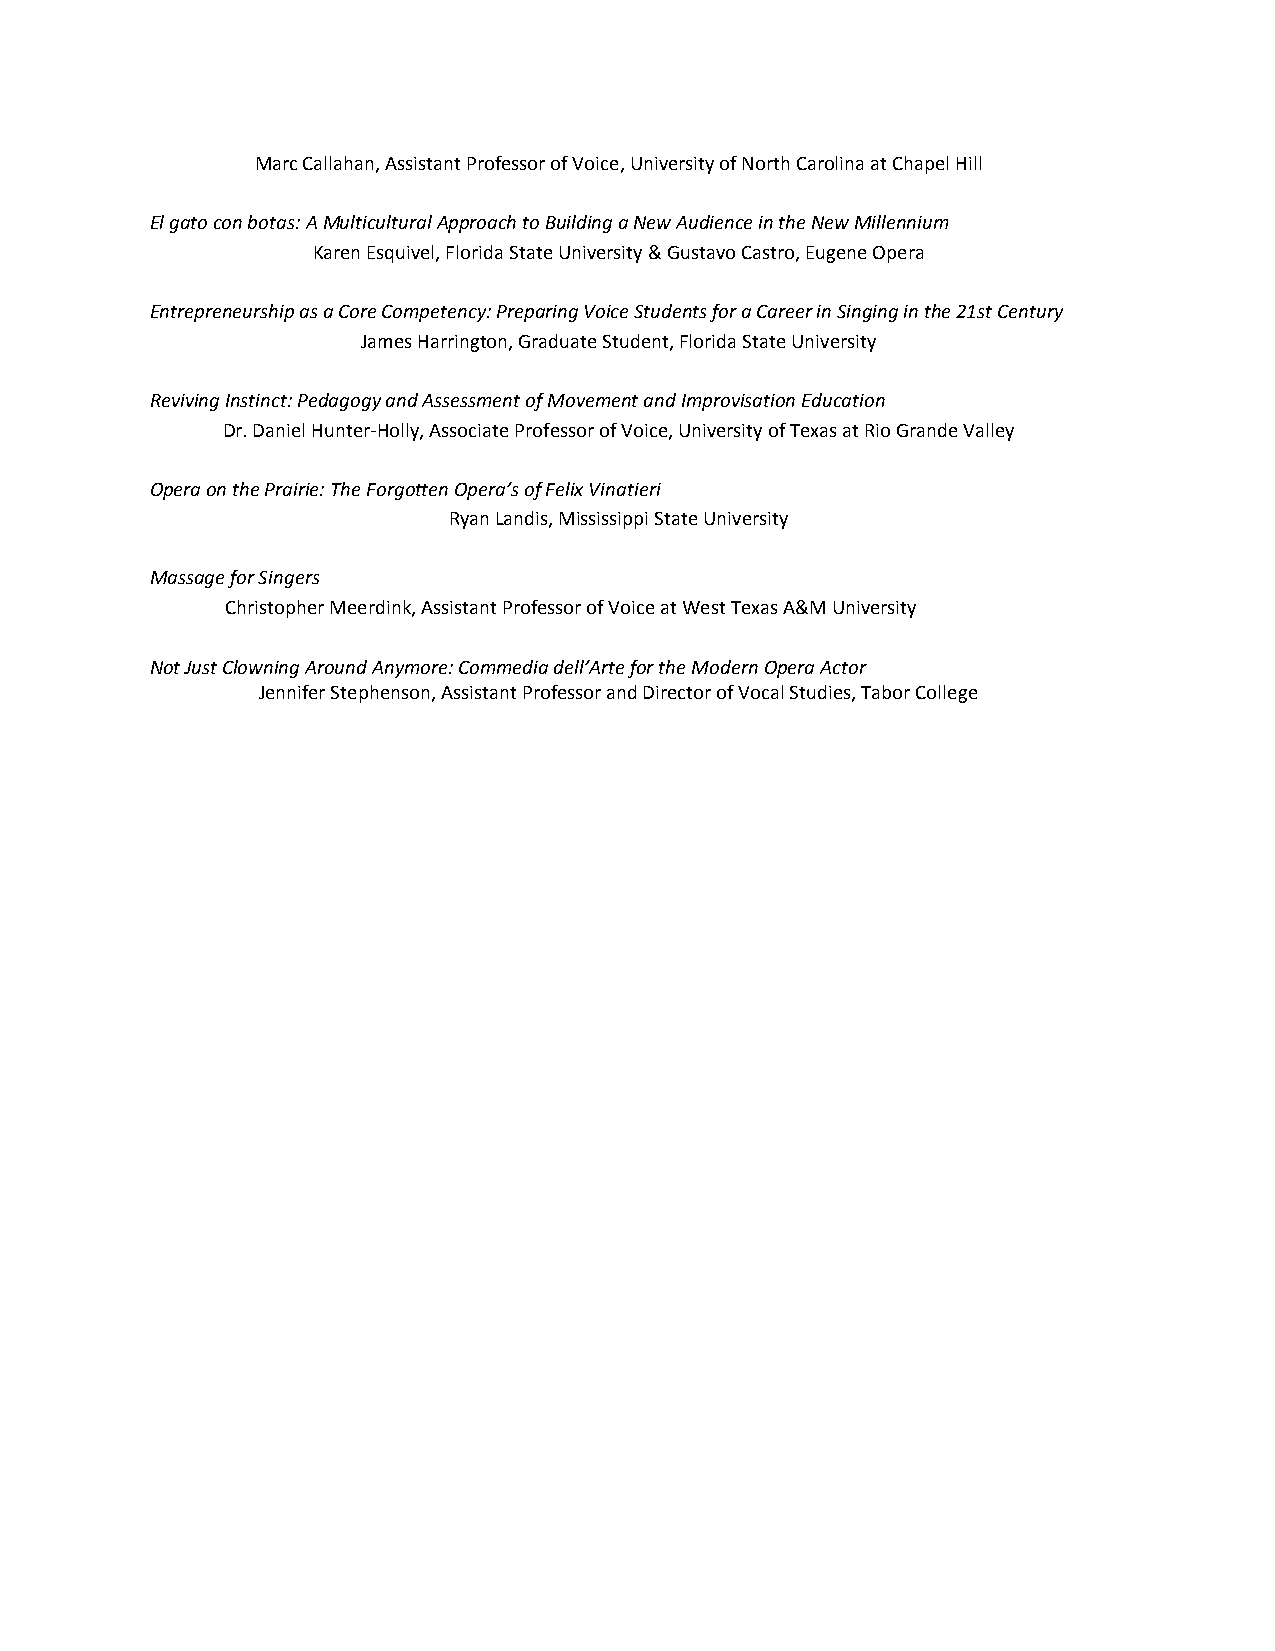
Marc Callahan, Assistant Professor of Voice, University of North Carolina at Chapel Hill
 El gato con botas: A Multicultural Approach to Building a New Audience in the New Millennium
 Karen Esquivel, Florida State University & Gustavo Castro, Eugene Opera
 Entrepreneurship as a Core Competency: Preparing Voice Students for a Career in Singing in the 21st Century
 James Harrington, Graduate Student, Florida State University
 Reviving Instinct: Pedagogy and Assessment of Movement and Improvisation Education
 Dr. Daniel Hunter-Holly, Associate Professor of Voice, University of Texas at Rio Grande Valley
 Opera on the Prairie: The Forgotten Opera’s of Felix Vinatieri
 Ryan Landis, Mississippi State University
 Massage for Singers
 Christopher Meerdink, Assistant Professor of Voice at West Texas A&M University
 Not Just Clowning Around Anymore: Commedia dell’Arte for the Modern Opera Actor
 Jennifer Stephenson, Assistant Professor and Director of Vocal Studies, Tabor College